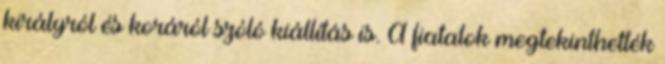
királyról és koráról szóló kiállítás is. A fiatalok megtekinthették